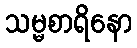
သမ္မစာရိနော